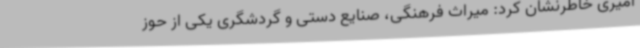
امیری خاطرنشان کرد: میراث فرهنگی، صنایع دستی و گردشگری یکی از حوز